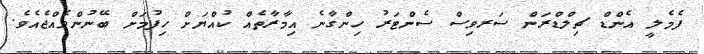
ފެމެލީ އެންޑް ޗިލްޑްރަން ސަރވިސް ސެންޓަރު ހިންގާނެ އިމާރާތެއް ކުއްޔަށް ހިފުމަށް ބޭނުންވެއްޖެއެވެ.